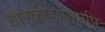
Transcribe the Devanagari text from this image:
बालक्रीडायामपि